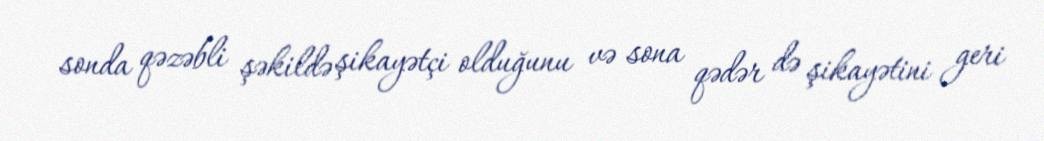
sonda qəzəbli şəkildə şikayətçi olduğunu və sona qədər də şikayətini geri